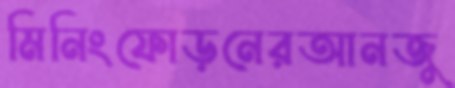
মিনিংফোড়নেরআনজু